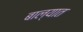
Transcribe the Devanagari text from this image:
बाल्यात